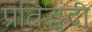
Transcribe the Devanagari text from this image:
प्रतिद्घंदी